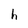
Character: h